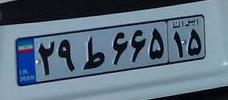
۲۹ط۶۶۵۱۵